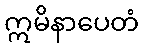
ဣမိနာပေတံ